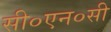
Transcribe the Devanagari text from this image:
सी०एन०सी